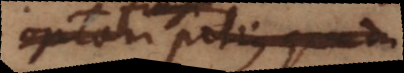
poenarum potius quam